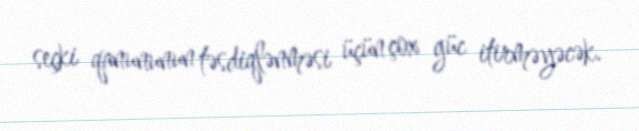
seçki qanununun təsdiqlənməsi üçün çox güc itirməyəcək.